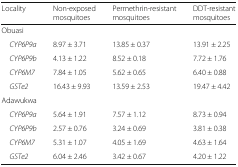
| Locality | Non-exposed mosquitoes | Permethrin-resistant mosquitoes | DDT-resistant mosquitoes |
 | --- | --- | --- | --- |
 | <COLSPAN=4> Obuasi |
 | CYP6P9a | 8.97 ± 3.71 | 13.85 ± 0.37 | 13.91 ± 2.25 |
 | CYP6P9b | 4.13 ± 1.22 | 8.52 ± 0.18 | 7.72 ± 1.76 |
 | CYP6M7 | 7.84 ± 1.05 | 5.62 ± 0.65 | 6.40 ± 0.88 |
 | GSTe2 | 16.43 ± 9.93 | 13.59 ± 2.53 | 19.47 ± 4.42 |
 | <COLSPAN=4> Adawukwa |
 | CYP6P9a | 5.64 ± 1.91 | 7.57 ± 1.12 | 8.73 ± 0.94 |
 | CYP6P9b | 2.57 ± 0.76 | 3.24 ± 0.69 | 3.81 ± 0.38 |
 | CYP6M7 | 5.31 ± 1.07 | 4.05 ± 1.69 | 4.63 ± 1.64 |
 | GSTe2 | 6.04 ± 2.46 | 3.42 ± 0.67 | 4.20 ± 1.22 |